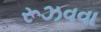
રૂઝવવા